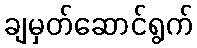
ချမှတ်ဆောင်ရွက်